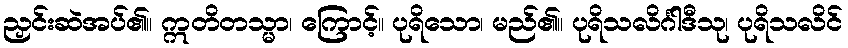
ညှင်းဆဲအပ်၏။ ဣတိတသ္မာ၊ ကြောင့်။ ပုရိသော၊ မည်၏။ ပုရိသလိင်္ဂါဒီသု၊ ပုရိသလိင်